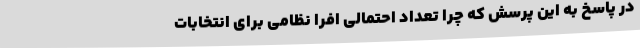
در پاسخ به این پرسش که چرا تعداد احتمالی افرا نظامی برای انتخابات